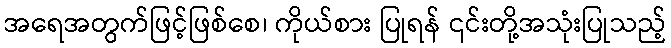
အရေအတွက်ဖြင့်ဖြစ်စေ၊ ကိုယ်စား ပြုရန် ၎င်းတို့အသုံးပြုသည့်